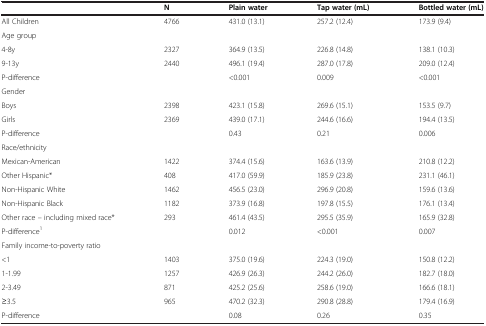
|  | N | Plain water | Tap water (mL) | Bottled water (mL) |
 | --- | --- | --- | --- | --- |
 | All Children | 4766 | 431.0 (13.1) | 257.2 (12.4) | 173.9 (9.4) |
 | Age group |  |  |  |  |
 | 4-8y | 2327 | 364.9 (13.5) | 226.8 (14.8) | 138.1 (10.3) |
 | 9-13y | 2440 | 496.1 (19.4) | 287.0 (17.8) | 209.0 (12.4) |
 | P-difference |  | <0.001 | 0.009 | <0.001 |
 | Gender |  |  |  |  |
 | Boys | 2398 | 423.1 (15.8) | 269.6 (15.1) | 153.5 (9.7) |
 | Girls | 2369 | 439.0 (17.1) | 244.6 (16.6) | 194.4 (13.5) |
 | P-difference |  | 0.43 | 0.21 | 0.006 |
 | Race/ethnicity |  |  |  |  |
 | Mexican-American | 1422 | 374.4 (15.6) | 163.6 (13.9) | 210.8 (12.2) |
 | Other Hispanic* | 408 | 417.0 (59.9) | 185.9 (23.8) | 231.1 (46.1) |
 | Non-Hispanic White | 1462 | 456.5 (23.0) | 296.9 (20.8) | 159.6 (13.6) |
 | Non-Hispanic Black | 1182 | 373.9 (16.8) | 197.8 (15.5) | 176.1 (13.4) |
 | Other race – including mixed race* | 293 | 461.4 (43.5) | 295.5 (35.9) | 165.9 (32.8) |
 | P-difference1 |  | 0.012 | <0.001 | 0.007 |
 | Family income-to-poverty ratio |  |  |  |  |
 | <1 | 1403 | 375.0 (19.6) | 224.3 (19.0) | 150.8 (12.2) |
 | 1-1.99 | 1257 | 426.9 (26.3) | 244.2 (26.0) | 182.7 (18.0) |
 | 2-3.49 | 871 | 425.2 (25.6) | 258.6 (19.0) | 166.6 (18.1) |
 | ≥3.5 | 965 | 470.2 (32.3) | 290.8 (28.8) | 179.4 (16.9) |
 | P-difference |  | 0.08 | 0.26 | 0.35 |